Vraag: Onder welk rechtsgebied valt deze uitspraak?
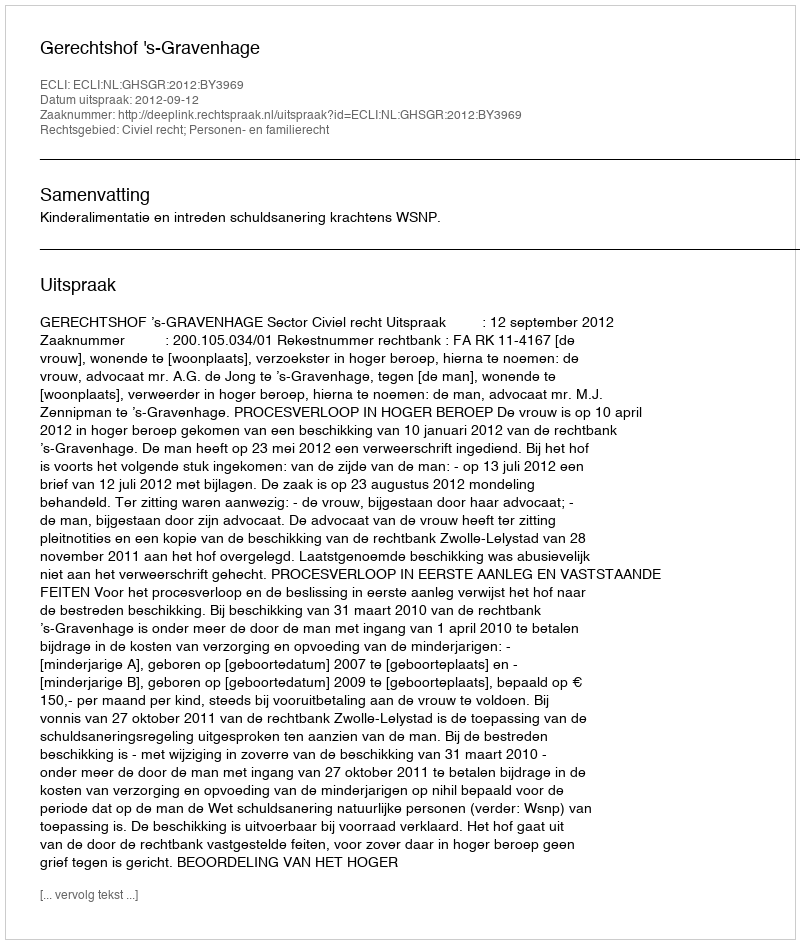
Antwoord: Civiel recht; Personen- en familierecht